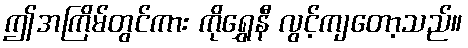
ဤအကြိမ်တွင်ကား ကိုရွှေနီ လွင့်ကျတော့သည်။